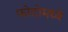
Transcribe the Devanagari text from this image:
फोटोमध्ये